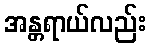
အန္တရာယ်လည်း